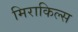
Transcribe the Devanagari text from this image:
मिराकिल्स